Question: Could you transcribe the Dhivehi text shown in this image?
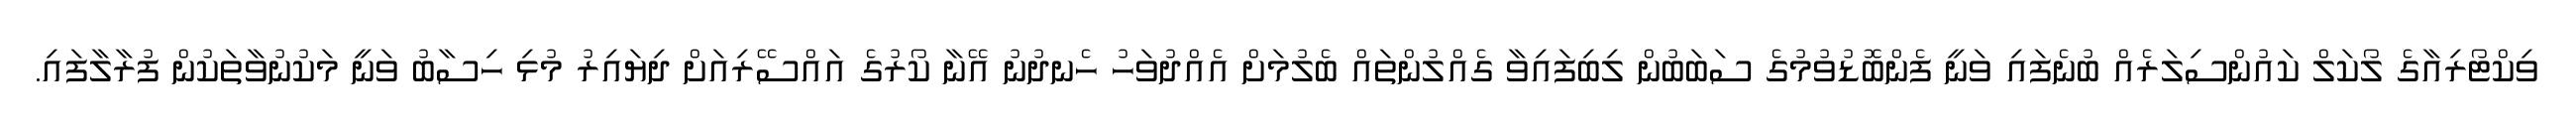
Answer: ވިކްޓޯރިއާގެ ލޯކަލް ކައުންސިލަރެއް ބުނެފައި ވަނީ ފެންބޮޑުވުމުގެ ސަބަބުން ލިބިފައިވާ ގެއްލުންތައް ބެލުމަށް އެއްދުވަހު ހެނދުނު އޭނާ ކޯރުގެ އައްސޭރިއަށް ދިޔައިރު މުޅި ހިސާބު ވަނީ މަކުނުވާތަކުން ފުރާލާފައި.